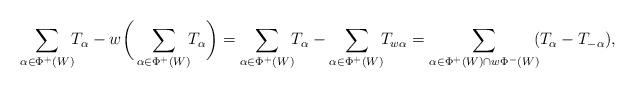
LaTeX: \begin{gather*} \sum_{\alpha\in \Phi^+(W)} \!\!T_\alpha -w\bigg(\sum_{\alpha\in \Phi^+(W)}\!\! T_\alpha\bigg) = \sum_{\alpha\in \Phi^+(W)}\!\! T_\alpha -\sum_{\alpha\in \Phi^+(W)}\!\! T_{w\alpha}= \sum_{\alpha\in \Phi^+(W)\cap w\Phi^-(W)}\!\! (T_\alpha-T_{-\alpha}), \end{gather*}